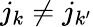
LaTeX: j_{k}\ne j_{k^{\prime}}